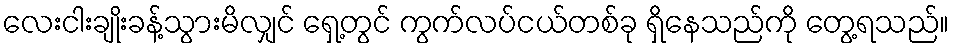
လေးငါးချိုးခန့်သွားမိလျှင် ရှေ့တွင် ကွက်လပ်ငယ်တစ်ခု ရှိနေသည်ကို တွေ့ရသည်။